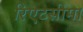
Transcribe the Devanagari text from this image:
रिएटसीमा